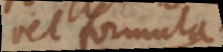
vel formula